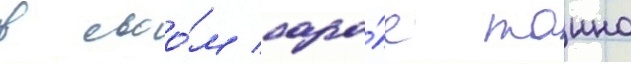
в своо́м сара́е таино